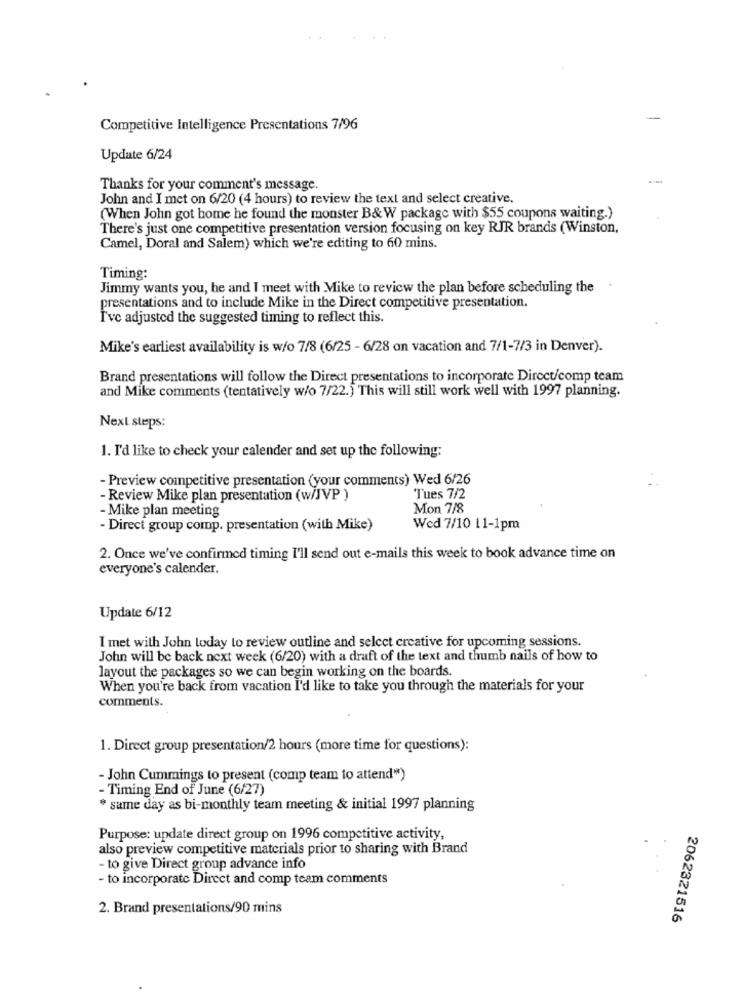
Competitive Intelligence Presentations 7/96
Update 6/24
Thanks for your comment's message.
John and I met on 6/20 (4 hours) to review the text and select creative.
(When John got home he found the monster B& W package with $55 coupons waiting.)
There's just one competitive presentation version focusing on key RJR brands (Winston,
Camel, Doral and Salem) which we're editing to 60 mins.
Timing:
Jimmy wants you, he and I meet with Mike to review the plan before scheduling the
presentations and to include Mike in the Direct competitive presentation.
I've adjusted the suggested timing to reflect this.
Mike's earliest availability is w/o 7/8 (6/25 - 6/28 on vacation and 7/1-7/3 in Denver).
Brand presentations will follow the Direct presentations to incorporate Direct/comp team
and Mike comments (tentatively w/o 7/22.) This will still work well with 1997 planning.
Next steps:
1. I'd like to check your calender and set up the following:
- Preview competitive presentation (your comments) Wed 6/26
- Review Mike plan presentation (w/JVP )
Tues 7/2
Mon 7/8
- Mike plan meeting
- Direct group comp. presentation (with Mike)
Wed 7/10 11-1pm
2. Once we've confirmed timing I'll send out e-mails this week to book advance time on
everyone's calender.
Update 6/12
I met with John today to review outline and select creative for upcoming sessions.
John will be back next week (6/20) with a draft of the text and thumb nails of how to
layout the packages so we can begin working on the boards.
When you're back from vacation I'd like to take you through the materials for your
comments.
1. Direct group presentation/2 hours (more time for questions):
- John Cummings to present (comp team to attend")
- Timing End of June (6/27)
* same day as bi-monthly team meeting & initial 1997 planning
Purpose: update direct group on 1996 competitive activity,
also preview competitive materials prior to sharing with Brand
- to give Direct group advance info
- to incorporate Direct and comp team comments
2. Brand presentations/90 mins
2062321516